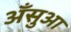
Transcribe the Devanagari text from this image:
अँसुआ